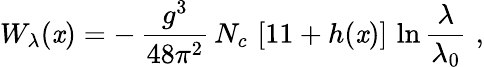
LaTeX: W_{\lambda}(\mathit{x})=-\, {\frac{{g^{3}}}{{48\pi^{2}}}}\, N_{c}\, \left[11+h(\mathit{x})\right]\, \ln{\frac{{\lambda}}{{\lambda_{0}}}}\, \, ,